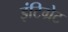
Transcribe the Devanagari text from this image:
इंटिग्रेट